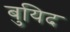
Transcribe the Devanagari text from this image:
बुयिद